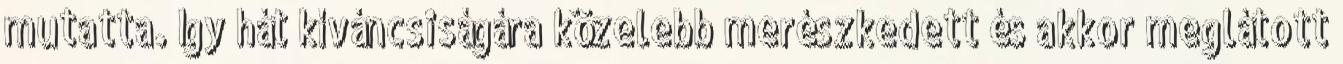
mutatta. Így hát kíváncsiságára közelebb merészkedett és akkor meglátott